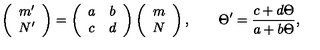
\left( \begin{array} { c } { m ^ { \prime } } \\ { N ^ { \prime } } \\ \end{array} \right) = \left( \begin{array} { c c } { a } & { b } \\ { c } & { d } \\ \end{array} \right) \left( \begin{array} { c } { m } \\ { N } \\ \end{array} \right) , \qquad \Theta ^ { \prime } = \frac { c + d \Theta } { a + b \Theta } ,